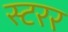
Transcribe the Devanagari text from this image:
स्टरर